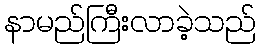
နာမည်ကြီးလာခဲ့သည်